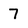
Character: 7